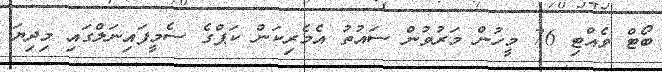
ބޯޓް ވެއްޓި 76 މީހުން މަރުވުން ސައުތު އެމެރިކަން ކަޕްގެ ސެމީފައިނަލްގައި މިދިޔަ